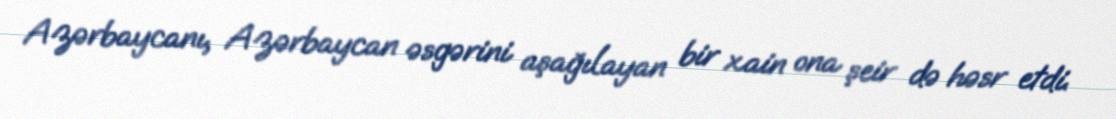
Azərbaycanı, Azərbaycan əsgərini aşağılayan bir xain ona şeir də həsr etdi.